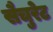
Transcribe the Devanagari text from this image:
सैचुरेट